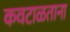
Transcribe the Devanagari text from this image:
कवटाळताना